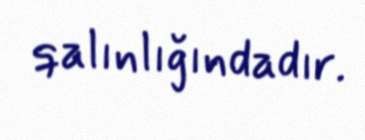
qalınlığındadır.